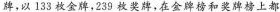
牌，以133枚金牌，239枚奖牌，在金牌榜和奖牌榜上都